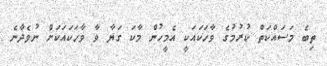
ތިބެ މަސައްކަތް ކުރުމުގެ ވާހަކައަކީ އެމީހުން މާކަ ގަޔާ ވާ ވާހަކައަކަށް ނުވެދާނެ